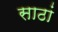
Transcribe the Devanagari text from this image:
साठां